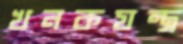
খনকযন্ত্র